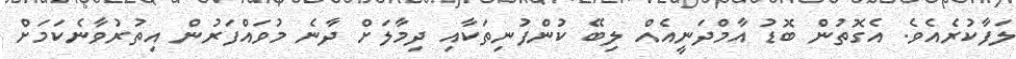
ލަފާކުރެއެވެ. އެގޮތުން ބޮޑު އާމްދަނީއެއް ލިބޭ ކުންފުނިތަކާއި ދިމާލަށް ދާނެ މުވައްފަރުން އިތުރުވާނެކަމަށް